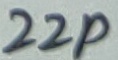
Text: 22p